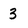
Character: 3